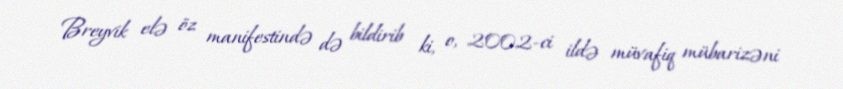
Breyvik elə öz manifestində də bildirib ki, o, 2002-ci ildə müvafiq mübarizəni